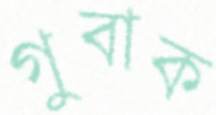
গুবাক